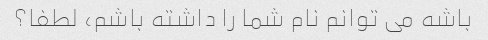
باشه می توانم نام شما را داشته باشم، لطفا؟